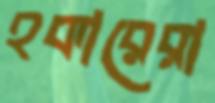
হকারেরা